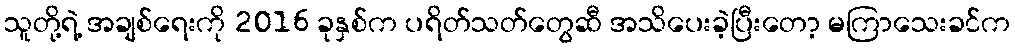
သူတို့ရဲ့ အချစ်ရေးကို 2016 ခုနှစ်က ပရိတ်သတ်တွေဆီ အသိပေးခဲ့ပြီးတော့ မကြာသေးခင်က